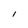
Character: l